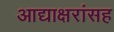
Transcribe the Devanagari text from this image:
आद्याक्षरांसह